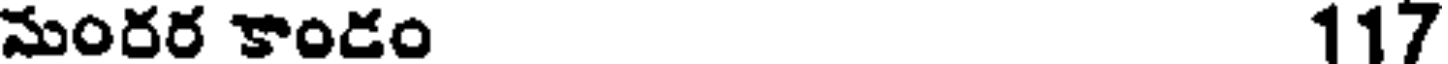
మంరర కాండం 117